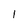
Character: I